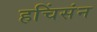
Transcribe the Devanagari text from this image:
हचिंसंन